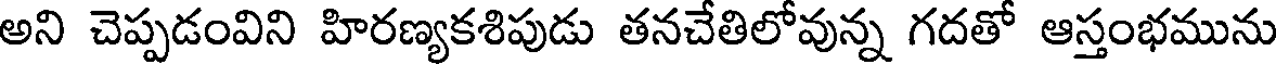
అని చెప్పడంవిని హిరణ్యకశిపుడు తనచేతిలోవున్న గదతో ఆస్తంభమును